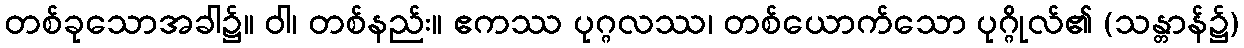
တစ်ခုသောအခါ၌။ ဝါ၊ တစ်နည်း။ ဧကဿ ပုဂ္ဂလဿ၊ တစ်ယောက်သော ပုဂ္ဂိုလ်၏ (သန္တာန်၌)